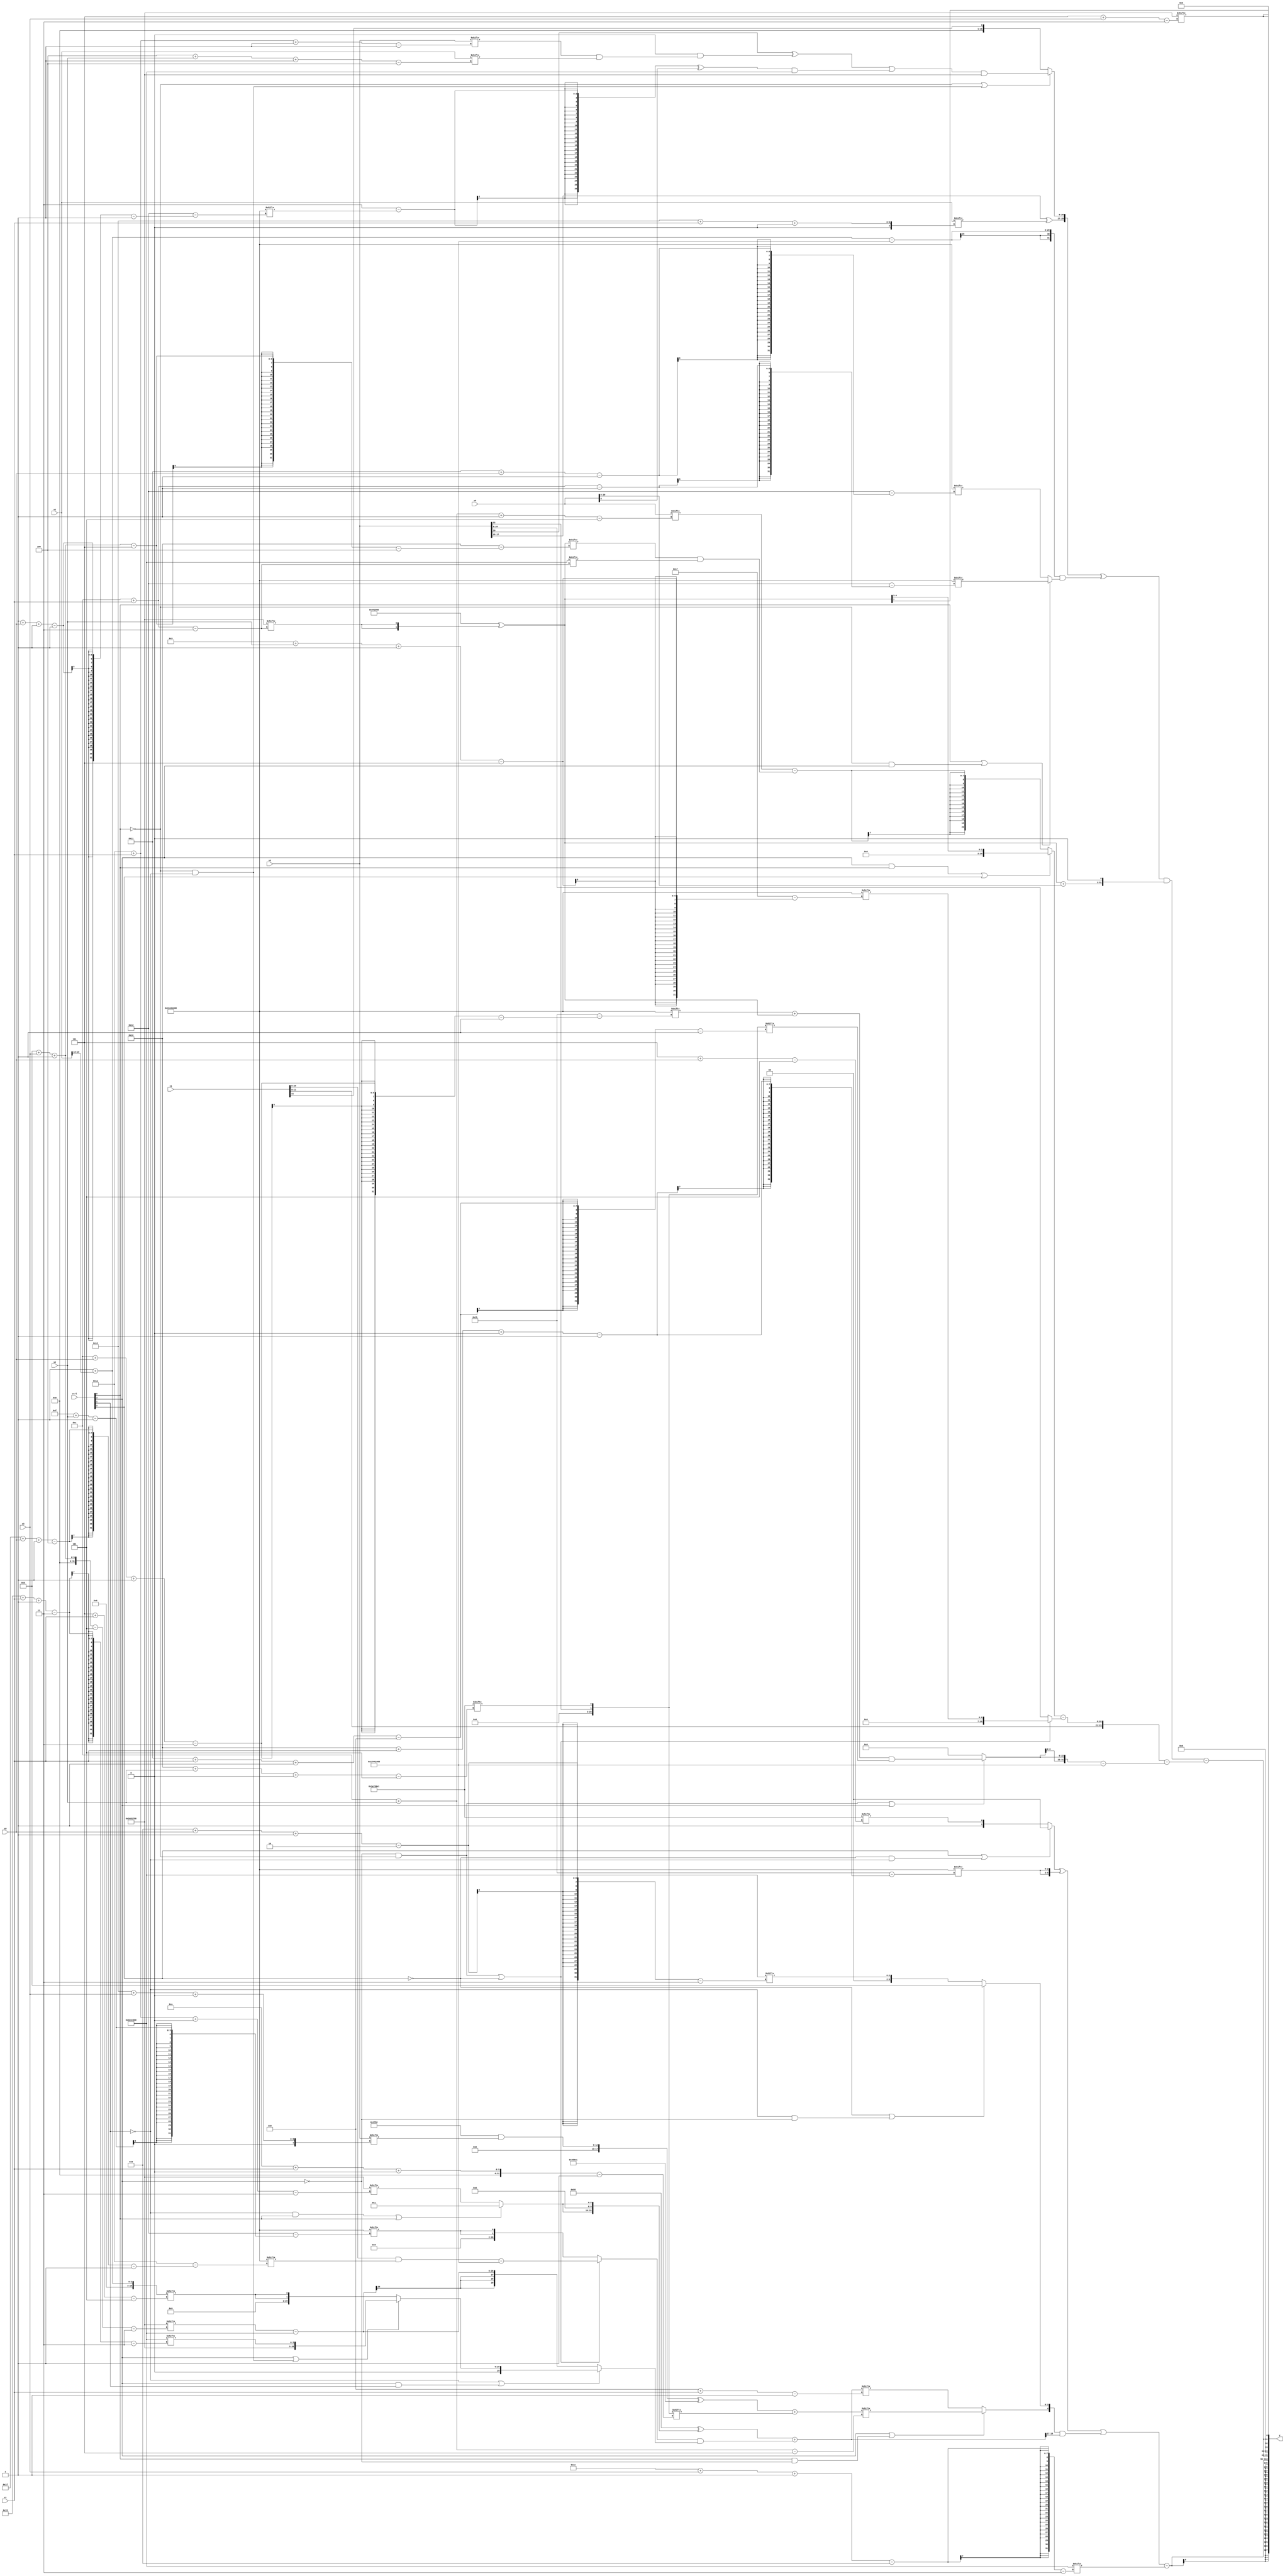
module partsel_00330(ctrl, s0, s1, s2, s3, x0, x1, x2, x3, y);
  input [3:0] ctrl;
  input [2:0] s0;
  input [2:0] s1;
  input [2:0] s2;
  input [2:0] s3;
  input [31:0] x0;
  input signed [31:0] x1;
  input [31:0] x2;
  input [31:0] x3;
  wire signed [24:5] x4;
  wire signed [24:1] x5;
  wire [31:3] x6;
  wire [2:26] x7;
  wire [0:25] x8;
  wire signed [29:2] x9;
  wire signed [24:7] x10;
  wire signed [0:29] x11;
  wire signed [4:26] x12;
  wire [30:1] x13;
  wire signed [3:29] x14;
  wire [5:25] x15;
  output [127:0] y;
  wire [31:0] y0;
  wire [31:0] y1;
  wire [31:0] y2;
  wire [31:0] y3;
  assign y = {y0,y1,y2,y3};
  localparam [1:30] p0 = 356782088;
  localparam signed [31:5] p1 = 833051105;
  localparam signed [28:3] p2 = 122165080;
  localparam signed [28:3] p3 = 523157504;
  assign x4 = (p0[18 -: 4] + x2[19 -: 2]);
  assign x5 = {x3[22], p1[16 + s2 +: 1]};
  assign x6 = x5[10 + s1 +: 3];
  assign x7 = (!ctrl[2] || !ctrl[2] || ctrl[0] ? x1[18 -: 1] : p3[9]);
  assign x8 = x1[15 -: 2];
  assign x9 = p2[16 + s0 +: 1];
  assign x10 = ({{x6, (ctrl[3] && ctrl[2] && !ctrl[2] ? {2{p3[10 + s1 +: 1]}} : p3[14])}, ((p2 & x3[18 + s3 +: 6]) ^ {2{{2{p1}}}})} + x6);
  assign x11 = p0;
  assign x12 = (x11 ^ {2{p2[12 + s1]}});
  assign x13 = (({2{p0[15 -: 4]}} ^ {2{{x8[15 -: 4], (!ctrl[1] && ctrl[0] || ctrl[0] ? p2[15 +: 4] : p2[26 + s1 +: 6])}}}) + ((!ctrl[3] && !ctrl[0] || !ctrl[2] ? ((x1 & p0[31 + s0 -: 4]) - p0) : {2{p0[15 + s2]}}) & (!ctrl[1] || ctrl[3] && ctrl[1] ? (ctrl[3] || !ctrl[0] && !ctrl[1] ? {p2, p3[21 + s1 -: 3]} : {2{x4[7 + s1]}}) : (p2[11 + s3 -: 5] - {2{p3}}))));
  assign x14 = (x3[26 + s1 -: 1] & x2[4 + s2 -: 4]);
  assign x15 = x3;
  assign y0 = ((((ctrl[2] || !ctrl[2] && !ctrl[1] ? x9[18 -: 1] : {p3[20 -: 1], p1[7 + s0]}) ^ {2{p0[16 + s1 +: 3]}}) | ({(ctrl[3] || ctrl[0] && !ctrl[3] ? x10[12 + s2] : x13[6 + s1]), (!ctrl[2] || !ctrl[1] && !ctrl[3] ? p1[19 -: 4] : p3[8 + s0 -: 2])} & x13[18 +: 2])) - p3[30 + s3 -: 8]);
  assign y1 = ((({(x3[17 -: 3] ^ x2[18 + s1 +: 3]), (!ctrl[0] || !ctrl[0] && !ctrl[1] ? (((x3[19 -: 1] ^ (x9[14 +: 2] & x14)) | (((p1[10 +: 2] - p0[1 + s0 -: 1]) ^ x0[8]) & p3)) & p2) : x1[11])} ^ ((x4 - p0) & (ctrl[0] || !ctrl[0] && ctrl[3] ? p0[12 + s1] : p0[17 + s0]))) & {{2{(x12 + x0)}}, x11[18]}) - ({x1[9 +: 3], ((ctrl[3] && ctrl[0] || ctrl[2] ? x12[23 -: 2] : (x0[12 + s2 -: 5] - (x12[11 + s3 -: 7] & p3[12 + s1]))) - (!ctrl[3] && !ctrl[0] || !ctrl[2] ? x11[9 + s2 -: 7] : x15))} - ({2{(!ctrl[3] && !ctrl[0] || ctrl[3] ? ((p0[12 + s0 -: 3] + x12) & x5[17 + s1 -: 6]) : x6[19 +: 2])}} - p0)));
  assign y2 = {2{p2[7 + s3]}};
  assign y3 = x12[19 +: 1];
endmodule